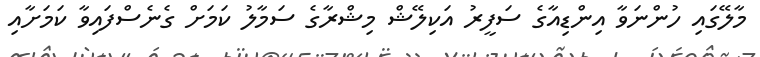
މާލޭގައި ހުންނަވާ އިންޑިއާގެ ސަފީރު އަކިލޭޝް މިޝްރާގެ ސަމާލު ކަމަށް ގެނެސްފައިވާ ކަމަށާއި